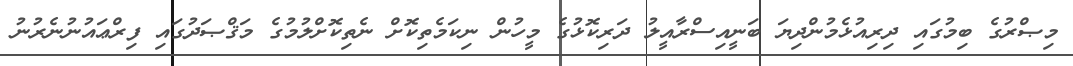
މިޞްރުގެ ބިމުގައި ދިރިއުޅެމުންދިޔަ ބަނީއިސްރާއީލު ދަރިކޮޅުގެ މީހުން ނިކަމެތިކޮށް ނެތިކޮށްލުމުގެ މަޤްޞަދުގައި ފިރްޢައުނުނެރުނު